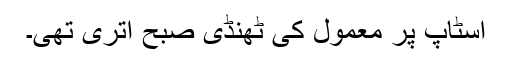
اسٹاپ پر معمول کی ٹھنڈی صبح اتری تھی۔